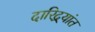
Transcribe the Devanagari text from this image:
दारिद्र्यांत